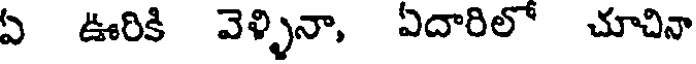
ఏ ఊరికి వెళ్ళినా, ఏదారిలో చూచినా